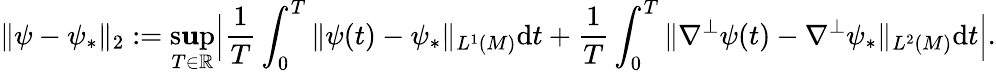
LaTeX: \| \psi-\psi_{*}\| _{2}:=\operatorname*{s\mathbf{u}p}_{T\in\mathbb{{R}}}\Big|\frac{{1}}{{T}}\int_{0}^{T}\| \psi(t)-\psi_{*}\| _{L^{1}(M)}\mathrm{{d}}t+\frac{{1}}{{T}}\int_{0}^{T}\| \nabla^{\perp}\psi(t)-\nabla^{\perp}\psi_{*}\| _{L^{2}(M)}\mathrm{{d}}t\Big|.